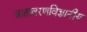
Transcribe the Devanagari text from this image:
वातावरणविज्ञानीय